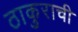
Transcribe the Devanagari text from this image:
ठाकुराची